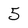
Character: 5